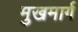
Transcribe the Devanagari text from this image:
मुखमार्ग